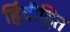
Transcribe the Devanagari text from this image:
हिंदीहित